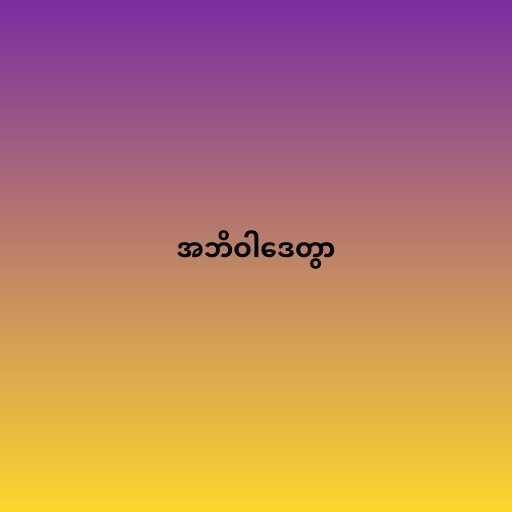
အဘိဝါဒေတွာ